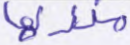
منزلها